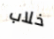
خلاب